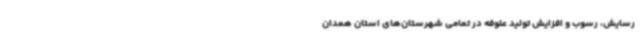
رسایش، رسوب و افزایش تولید علوفه در تمامی شهرستان‌های استان همدان